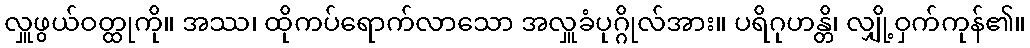
လှူဖွယ်ဝတ္ထုကို။ အဿ၊ ထိုကပ်ရောက်လာသော အလှူခံပုဂ္ဂိုလ်အား။ ပရိဂုဟန္တိ၊ လျှို့ဝှက်ကုန်၏။